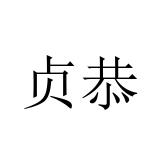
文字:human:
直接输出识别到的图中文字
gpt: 贞恭